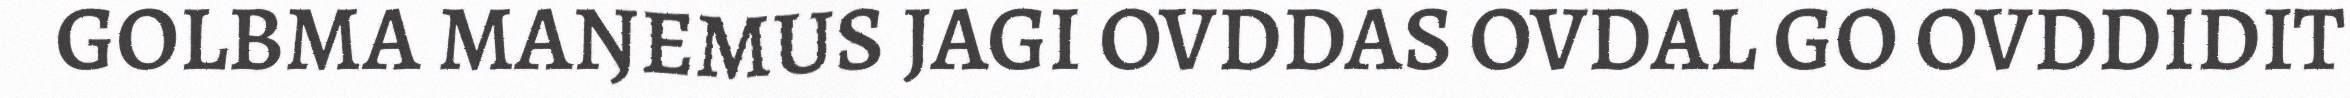
GOLBMA MAŊEMUS JAGI OVDDAS OVDAL GO OVDDIDIT